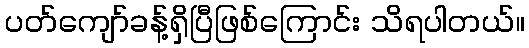
ပတ်ကျော်ခန့်ရှိပြီဖြစ်ကြောင်း သိရပါတယ်။